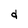
Character: d